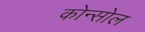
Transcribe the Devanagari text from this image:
कोन्सोल